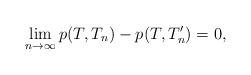
LaTeX: \begin{align*} \lim_{n\to\infty}p(T,T_n) - p(T,T_n') & = 0,\end{align*}